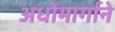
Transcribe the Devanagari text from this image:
अधोमार्गाने